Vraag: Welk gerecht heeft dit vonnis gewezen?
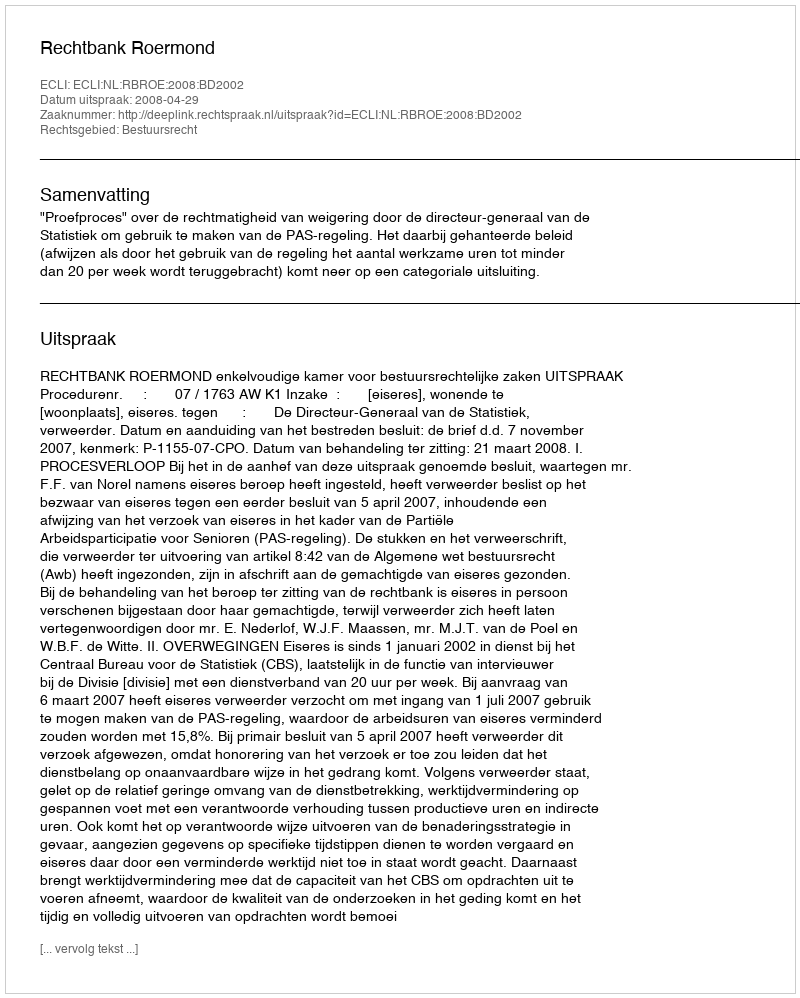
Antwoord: Rechtbank Roermond